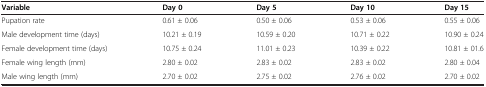
<table><thead><tr><td><b>Variable</b></td><td><b>Day 0</b></td><td><b>Day 5</b></td><td><b>Day 10</b></td><td><b>Day 15</b></td></tr></thead><tbody><tr><td>Pupation rate</td><td>0.61 ± 0.06</td><td>0.50 ± 0.06</td><td>0.53 ± 0.06</td><td>0.55 ± 0.06</td></tr><tr><td>Male development time (days)</td><td>10.21 ± 0.19</td><td>10.59 ± 0.20</td><td>10.71 ± 0.22</td><td>10.90 ± 0.24</td></tr><tr><td>Female development time (days)</td><td>10.75 ± 0.24</td><td>11.01 ± 0.23</td><td>10.39 ± 0.22</td><td>10.81 ± 01.6</td></tr><tr><td>Female wing length (mm)</td><td>2.80 ± 0.02</td><td>2.83 ± 0.02</td><td>2.83 ± 0.02</td><td>2.80 ± 0.04</td></tr><tr><td>Male wing length (mm)</td><td>2.70 ± 0.02</td><td>2.75 ± 0.02</td><td>2.76 ± 0.02</td><td>2.70 ± 0.02</td></tr></tbody></table>